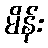
မိန်း